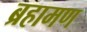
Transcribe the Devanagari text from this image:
ब्रहामण